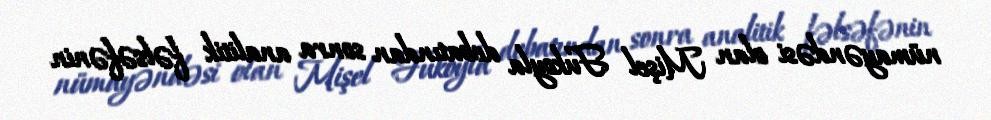
nümayəndəsi olan Mişel Fukoyla debatından sonra analitik fəlsəfənin